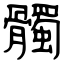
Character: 髑